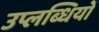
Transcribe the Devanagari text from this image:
उप्लब्धियों